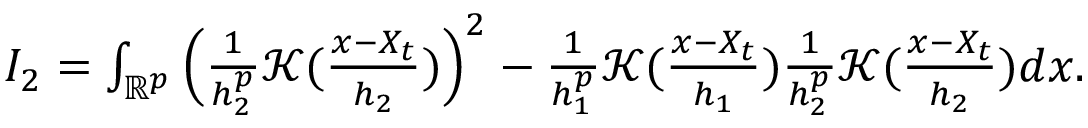
\begin{array} { r } { I _ { 2 } = \int _ { \mathbb { R } ^ { p } } \Big ( \frac { 1 } { h _ { 2 } ^ { p } } \mathcal { K } ( \frac { x - X _ { t } } { h _ { 2 } } ) \Big ) ^ { 2 } - \frac { 1 } { h _ { 1 } ^ { p } } \mathcal { K } ( \frac { x - X _ { t } } { h _ { 1 } } ) \frac { 1 } { h _ { 2 } ^ { p } } \mathcal { K } ( \frac { x - X _ { t } } { h _ { 2 } } ) d x . } \end{array}